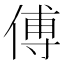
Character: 傅